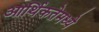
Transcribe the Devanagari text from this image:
आर्थिकतेमध्ये